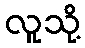
လူသို့